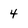
Character: 4